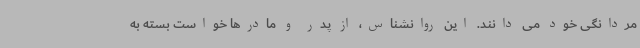
مردانگی خود می دانند. این روانشناس، از پدر و مادرها خواست بسته به